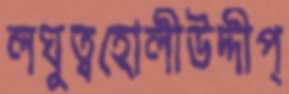
লঘুত্বহোলীউদ্দীপ্